Insane asylums in Bengal annual reports 1876-1887 - 1876-1887
Year: 1876
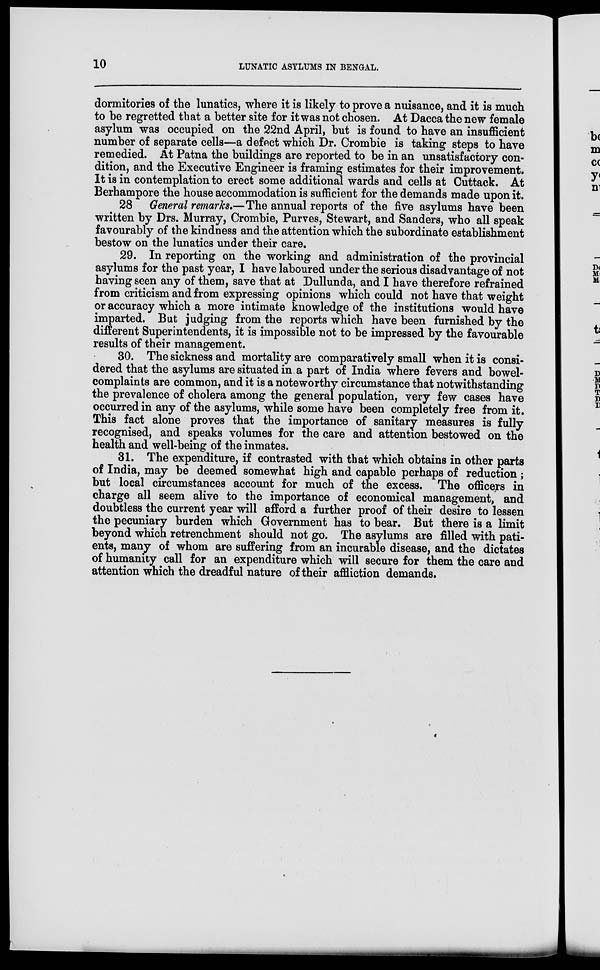
10
LUNATIC ASYLUMS IN BENGAL.
dormitories of the lunatics, where it is likely to prove a nuisance, and it is much
to be regretted that a better site for it was not chosen. At Dacca the new female
asylum was occupied on the 22nd April, but is found to have an insufficient
number of separate cells—a defect which Dr. Crombie is taking steps to have
remedied. At Patna the buildings are reported to be in an unsatisfactory con-
dition, and the Executive Engineer is framing estimates for their improvement.
It is in contemplation to erect some additional wards and cells at Cuttack. At
Berhampore the house accommodation is sufficient for the demands made upon it.
28 General remarks.—The annual reports of the five asylums have been
written by Drs. Murray, Crombie, Purves, Stewart, and Sanders, who all speak
favourably of the kindness and the attention which the subordinate establishment
bestow on the lunatics under their care.
29. In reporting on the working and administration of the provincial
asylums for the past year, I have laboured under the serious disadvantage of not
having seen any of them, save that at Dullunda, and I have therefore refrained
from criticism and from expressing opinions which could not have that weight
or accuracy which a more intimate knowledge of the institutions would have
imparted. But judging from the reports which have been furnished by the
different Superintendents, it is impossible not to be impressed by the favourable
results of their management.
30. The sickness and mortality are comparatively small when it is consi-
dered that the asylums are situated in a part of India where fevers and bowel-
complaints are common, and it is a noteworthy circumstance that notwithstanding
the prevalence of cholera among the general population, very few cases have
occurred in any of the asylums, while some have been completely free from it.
This fact alone proves that the importance of sanitary measures is fully
recognised, and speaks volumes for the care and attention bestowed on the
health and well-being of the inmates.
31. The expenditure, if contrasted with that which obtains in other parts
of India, may be deemed somewhat high and capable perhaps of reduction ;
but local circumstances account for much of the excess. The officers in
charge all seem alive to the importance of economical management, and
doubtless the current year will afford a further proof of their desire to lessen
the pecuniary burden which Government has to bear. But there is a limit
beyond which retrenchment should not go. The asylums are filled with pati-
ents, many of whom are suffering from an incurable disease, and the dictates
of humanity call for an expenditure which will secure for them the care and
attention which the dreadful nature of their affliction demands.